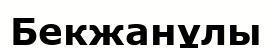
Бекжанұлы